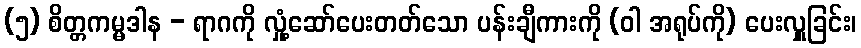
(၅) စိတ္တကမ္မဒါန - ရာဂကို လှုံ့ဆော်ပေးတတ်သော ပန်းချီကားကို (ဝါ အရုပ်ကို) ပေးလှူခြင်း၊